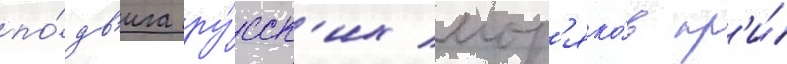
по́дв'ига ру́сск'их мор'яко́в пр'и́